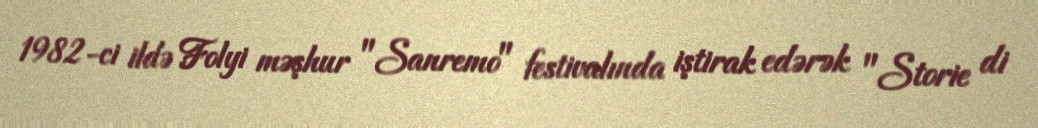
1982-ci ildə Folyi məşhur "Sanremo" festivalında iştirak edərək "Storie di